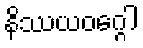
နိဿယဝဂ္ဂေါ